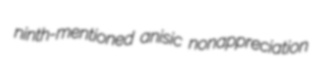
ninth-mentioned anisic nonappreciation